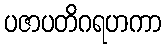
ပဇာပတိဂရဟကာ